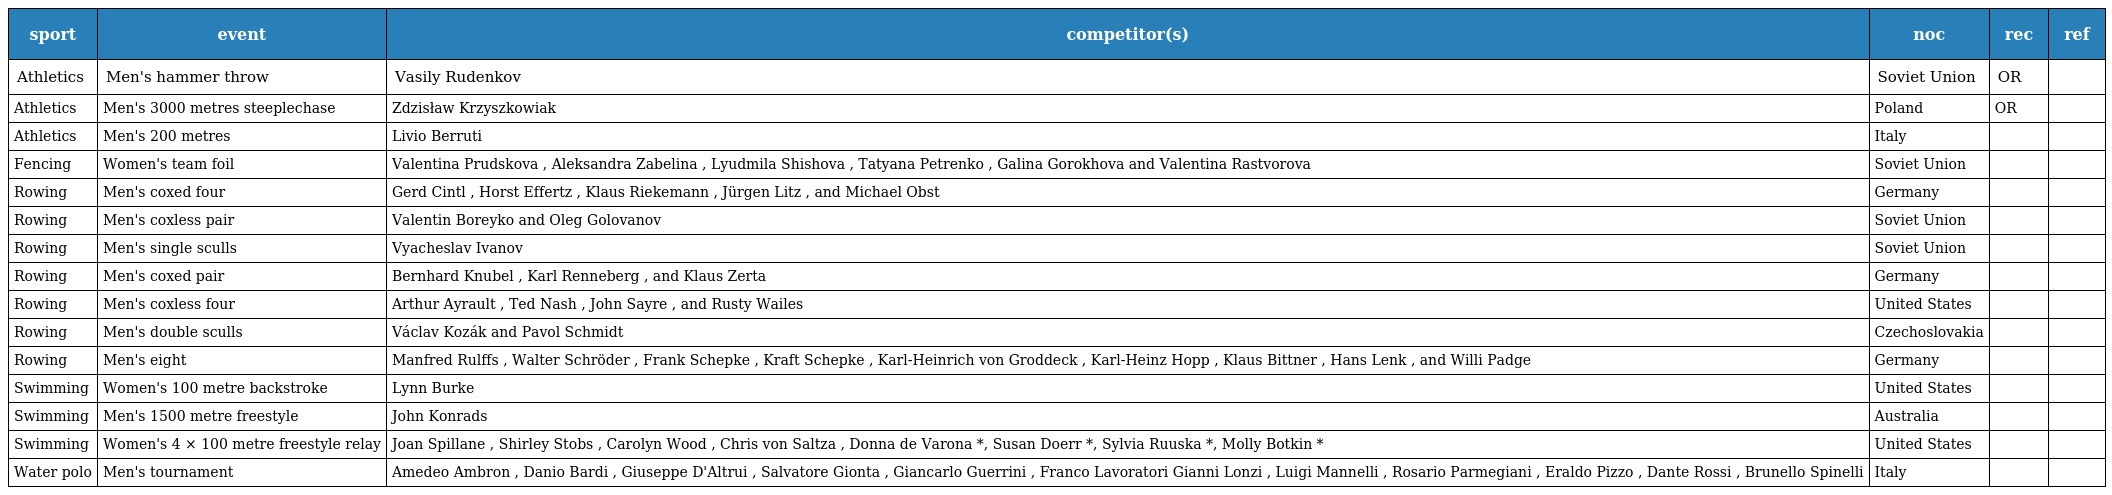
| sport | event | competitor(s) | noc | rec | ref |
 | --- | --- | --- | --- | --- | --- |
 | Athletics | Men's hammer throw | Vasily Rudenkov | Soviet Union | OR |  |
 | Athletics | Men's 3000 metres steeplechase | Zdzisław Krzyszkowiak | Poland | OR |  |
 | Athletics | Men's 200 metres | Livio Berruti | Italy |  |  |
 | Fencing | Women's team foil | Valentina Prudskova , Aleksandra Zabelina , Lyudmila Shishova , Tatyana Petrenko , Galina Gorokhova and Valentina Rastvorova | Soviet Union |  |  |
 | Rowing | Men's coxed four | Gerd Cintl , Horst Effertz , Klaus Riekemann , Jürgen Litz , and Michael Obst | Germany |  |  |
 | Rowing | Men's coxless pair | Valentin Boreyko and Oleg Golovanov | Soviet Union |  |  |
 | Rowing | Men's single sculls | Vyacheslav Ivanov | Soviet Union |  |  |
 | Rowing | Men's coxed pair | Bernhard Knubel , Karl Renneberg , and Klaus Zerta | Germany |  |  |
 | Rowing | Men's coxless four | Arthur Ayrault , Ted Nash , John Sayre , and Rusty Wailes | United States |  |  |
 | Rowing | Men's double sculls | Václav Kozák and Pavol Schmidt | Czechoslovakia |  |  |
 | Rowing | Men's eight | Manfred Rulffs , Walter Schröder , Frank Schepke , Kraft Schepke , Karl-Heinrich von Groddeck , Karl-Heinz Hopp , Klaus Bittner , Hans Lenk , and Willi Padge | Germany |  |  |
 | Swimming | Women's 100 metre backstroke | Lynn Burke | United States |  |  |
 | Swimming | Men's 1500 metre freestyle | John Konrads | Australia |  |  |
 | Swimming | Women's 4 × 100 metre freestyle relay | Joan Spillane , Shirley Stobs , Carolyn Wood , Chris von Saltza , Donna de Varona *, Susan Doerr *, Sylvia Ruuska *, Molly Botkin * | United States |  |  |
 | Water polo | Men's tournament | Amedeo Ambron , Danio Bardi , Giuseppe D'Altrui , Salvatore Gionta , Giancarlo Guerrini , Franco Lavoratori Gianni Lonzi , Luigi Mannelli , Rosario Parmegiani , Eraldo Pizzo , Dante Rossi , Brunello Spinelli | Italy |  |  |